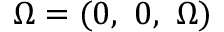
{ \boldsymbol { \Omega } } = ( 0 , \ 0 , \ \Omega )